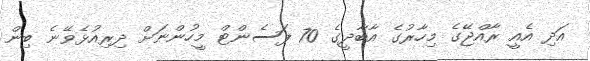
އަދި އެއީ ރާއްޖޭގެ މިހާރުގެ އާބާދީގެ 70 ޕަސެންޓް މީހުންނަށް ދިރިއުޅެވޭނެ ބިން